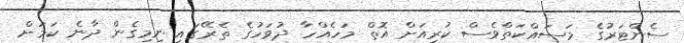
ސެންޓަރުގެ މަސައްކަތްވެސް ކުރިއަށް އޮތް މަހެއްހާ ދުވަހުގެ ތެެރޭގައި ނިމިގެން ދާނެ ކަމަށް